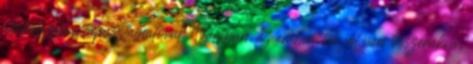
állatvilágban tapasztalhatóval. Valóban, az ember, ha jól van összerakva,